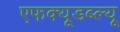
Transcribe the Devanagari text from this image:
एफक्यूडब्ल्यू